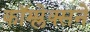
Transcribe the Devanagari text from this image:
कॉम्प्लेक्सने